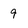
Character: 9